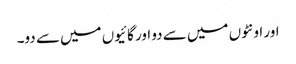
اور اونٹوں میں سے دو اور گائیوں میں سے دو۔